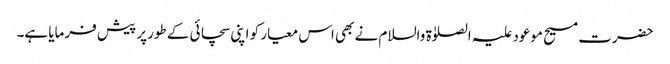
حضرت مسیح موعود علیہ الصلوٰۃ والسلام نے بھی اس معیار کو اپنی سچائی کے طورپر پیش فرمایا ہے۔